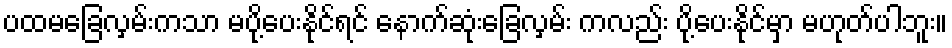
ပထမခြေလှမ်းကသာ မပို့ပေးနိုင်ရင် နောက်ဆုံးခြေလှမ်း ကလည်း ပို့ပေးနိုင်မှာ မဟုတ်ပါဘူး။